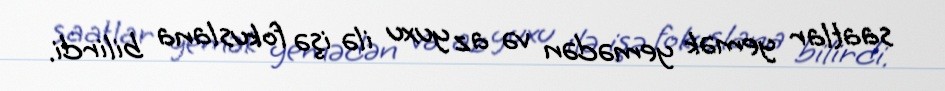
saatlar yemək yemədən və az yuxu ilə işə fokuslana bilirdi.